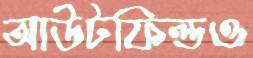
আউটফিল্ডও